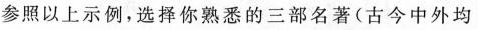
参照以上示例，选择你熟悉的三部名著(古今中外均